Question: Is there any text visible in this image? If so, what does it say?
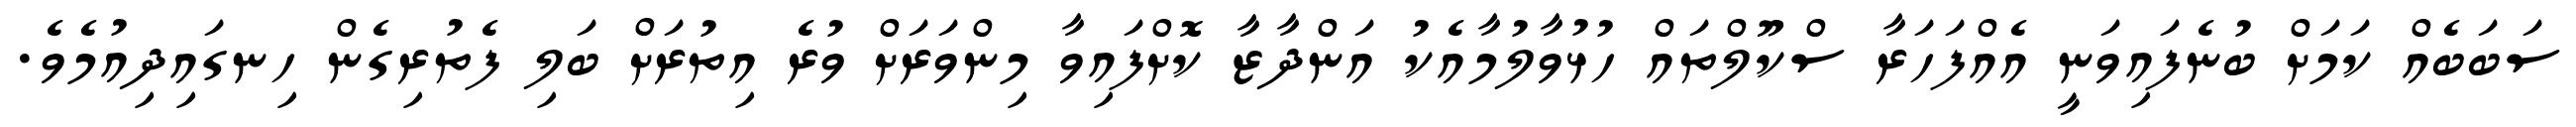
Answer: ސަބަބެއް ކަމަށް ބުނެފައިވަނީ އެއްފަހަރާ ސްކޫލްތައް ހުޅުވާލުމާއެކު އަންދާޒާ ކޮށްފައިވާ މިންވަރަށް ވުރެ އިތުރަށް ބަލި ފެތުރިގެން ހިނގައިދިއުމެވެ.